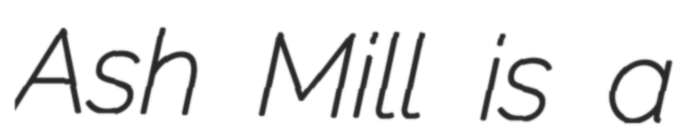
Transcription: Ash Mill is a